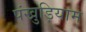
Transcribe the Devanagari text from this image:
पंखुड़ियाम